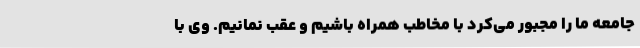
جامعه ما را مجبور می‌کرد با مخاطب همراه باشیم و عقب نمانیم. وی با